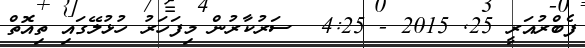
ފެބްރުއަރީ 25